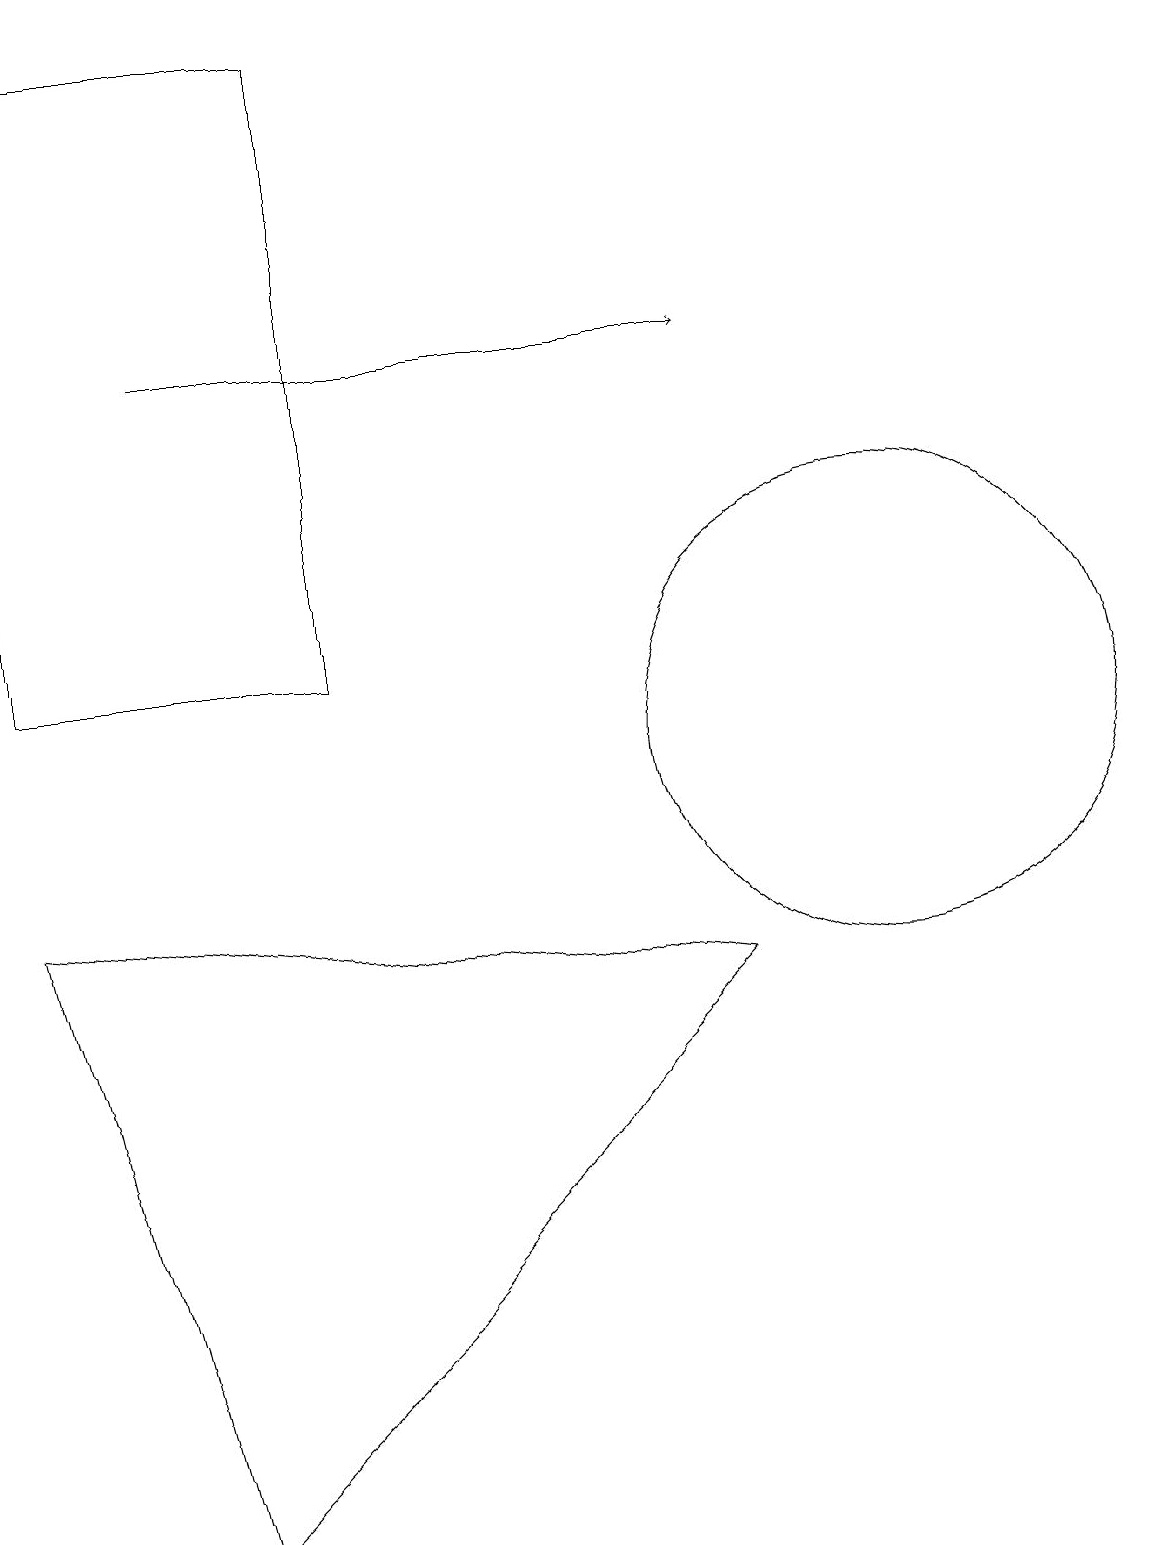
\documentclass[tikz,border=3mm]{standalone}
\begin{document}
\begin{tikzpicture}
\draw (11,10) circle (3);
\draw (0,8) -- (2,0) -- (9,7) -- cycle;
\draw (4,11) rectangle (0,19);
\draw[->] (2,15) -- (9,15);
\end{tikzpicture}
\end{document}